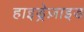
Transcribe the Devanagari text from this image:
हाइड्रेज़ाइड